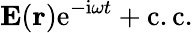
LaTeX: {\mathbf E}({\mathbf r})\mathrm{e}^{-\mathrm{i}\omega t}+\mathrm{c.c.}